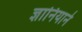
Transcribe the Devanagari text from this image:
ज्ञानियाने